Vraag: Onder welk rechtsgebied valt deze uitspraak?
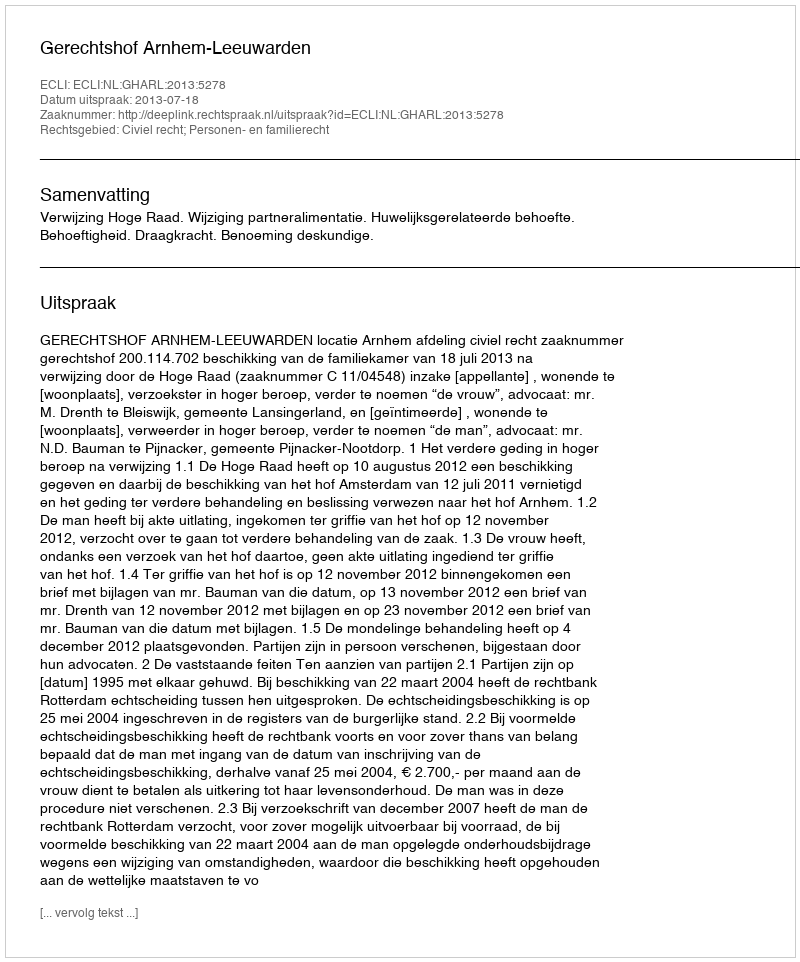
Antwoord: Civiel recht; Personen- en familierecht